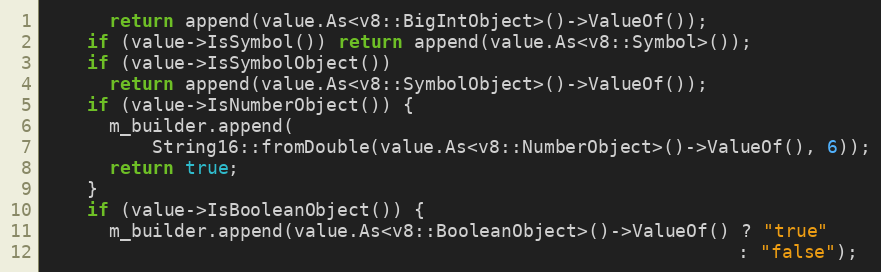
Language: C++
      return append(value.As<v8::BigIntObject>()->ValueOf());
    if (value->IsSymbol()) return append(value.As<v8::Symbol>());
    if (value->IsSymbolObject())
      return append(value.As<v8::SymbolObject>()->ValueOf());
    if (value->IsNumberObject()) {
      m_builder.append(
          String16::fromDouble(value.As<v8::NumberObject>()->ValueOf(), 6));
      return true;
    }
    if (value->IsBooleanObject()) {
      m_builder.append(value.As<v8::BooleanObject>()->ValueOf() ? "true"
                                                                : "false");